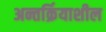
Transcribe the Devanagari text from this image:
अन्तर्क्रियाशील